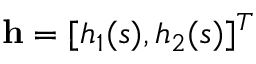
{ \bf h } = [ h _ { 1 } ( s ) , h _ { 2 } ( s ) ] ^ { T }